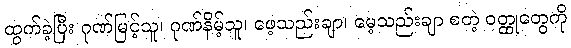
ထွက်ခဲ့ပြီး ဂုဏ်မြင့်သူ၊ ဂုဏ်နိမ့်သူ၊ ဖေ့သည်းချာ၊ မေ့သည်းချာ စတဲ့ ဝတ္ထုတွေကို